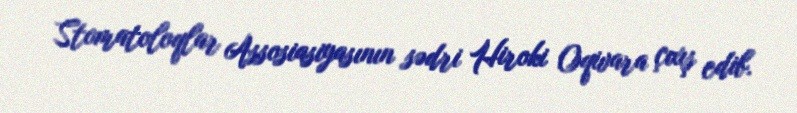
Stomatoloqlar Assosiasiyasının sədri Hiroki Oqivara çıxış edib.